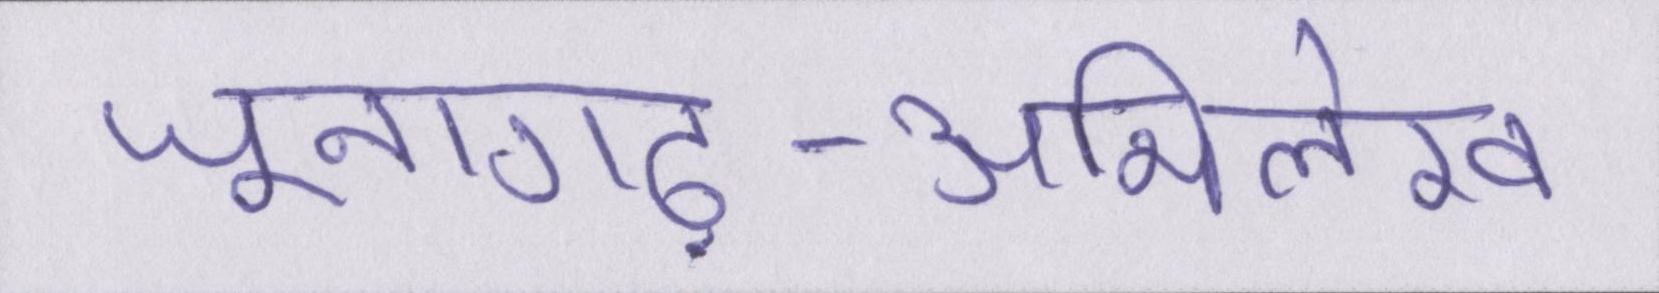
जूनागढ़-अभिलेख